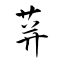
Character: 荓